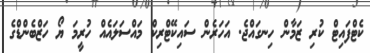
ކެޓްފައިޓް ކުރި ޒަމާން ހިނގައްޖެ. އަހަރެން ސައިކޭޓްރިކް މައްސަލައެއް ހުރީމަ ޔޯ ހަޒްބެންޑްގެ